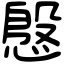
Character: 慇